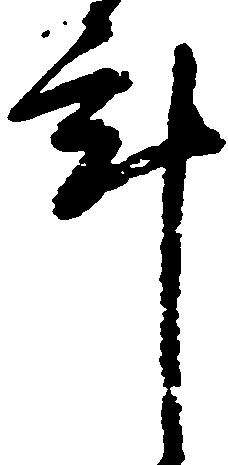
計